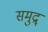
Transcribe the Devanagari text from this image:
समुद्र्